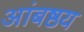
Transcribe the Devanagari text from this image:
आंबष्ठय